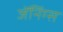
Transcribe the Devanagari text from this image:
जेंनिंग्स